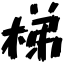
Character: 梯